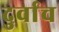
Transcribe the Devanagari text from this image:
दुर्वाच